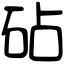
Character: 砧